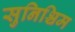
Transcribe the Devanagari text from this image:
सुनिश्चिम